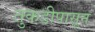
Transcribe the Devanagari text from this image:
तुकडीपासून